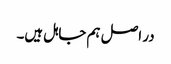
در اصل ہم جاہل ہیں۔